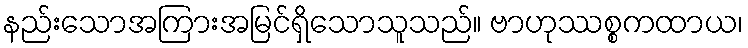
နည်းသောအကြားအမြင်ရှိသောသူသည်။ ဗာဟုဿစ္စကထာယ၊